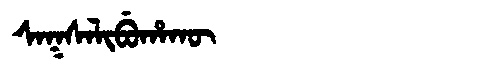
Manchu: ᠰᠠᡴᠰᠠᠯᡳᠪᡠᡥᠠᡴᡡ
Romanization: SAKSALIBUHAKŪ